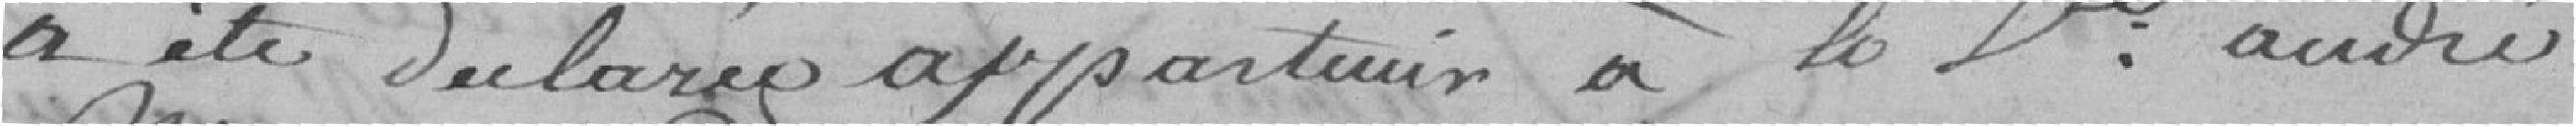
a été déclaré appartenir à la veuve André